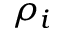
\rho _ { i }